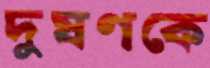
দুষণকে